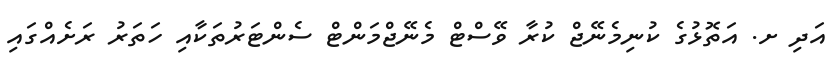
އަދި ށ. އަތޮޅުގެ ކުނިމެނޭޖް ކުރާ ވޭސްޓް މެނޭޖްމަންޓް ސެންޓަރުތަކާއި ހަތަރު ރަށެއްގައި